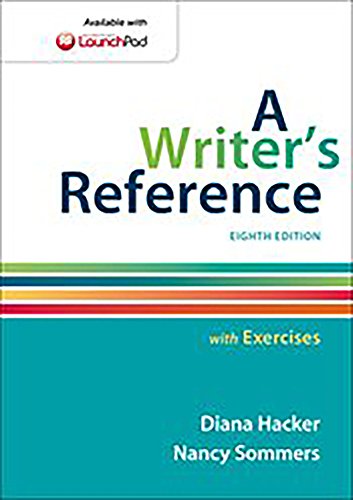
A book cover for A Writer's Reference with Exercises; Diana Hacker; Reference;